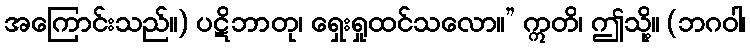
အကြောင်းသည်။) ပဋိဘာတု၊ ရှေးရှုထင်သလော။” ဣတိ၊ ဤသို့။ (ဘဂဝါ၊